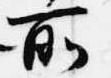
所